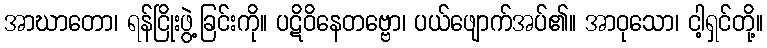
အာဃာတော၊ ရန်ငြိုးဖွဲ့ခြင်းကို။ ပဋိဝိနေတဗ္ဗော၊ ပယ်ဖျောက်အပ်၏။ အာဝုသော၊ ငါ့ရှင်တို့။